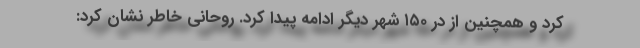
کرد و همچنین از در ۱۵۰ شهر دیگر ادامه پیدا کرد. روحانی خاطر نشان کرد: